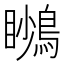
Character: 𪃦